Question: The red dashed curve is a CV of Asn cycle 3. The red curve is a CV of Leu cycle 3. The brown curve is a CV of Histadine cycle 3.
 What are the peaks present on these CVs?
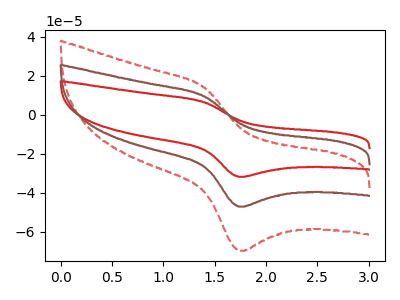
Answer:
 <answer>The red dashed curve "Asn cycle 3" has an anodic peak at (1.40V, 18.80uA) and a cathodic peak at (1.75V, -94.15uA). The red curve "Leu cycle 3" has an anodic peak at (1.40V, 6.35uA) and a cathodic peak at (1.75V, -31.80uA). The brown curve "Histadine cycle 3" has an anodic peak at (1.40V, 9.40uA) and a cathodic peak at (1.75V, -47.05uA).</answer>
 <eval></eval>